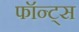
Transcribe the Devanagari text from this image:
फॉन्ट्स